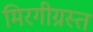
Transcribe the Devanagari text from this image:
मिरगीग्रस्त